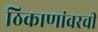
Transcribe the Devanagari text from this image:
ठिकाणांवरची